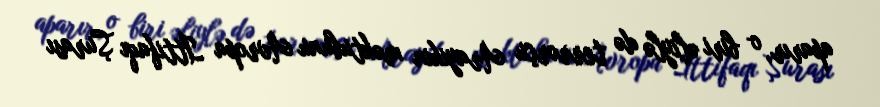
aparır, o biri əliylə də terrorçu Arayikin məktubunu Avropa İttifaqı Şurası